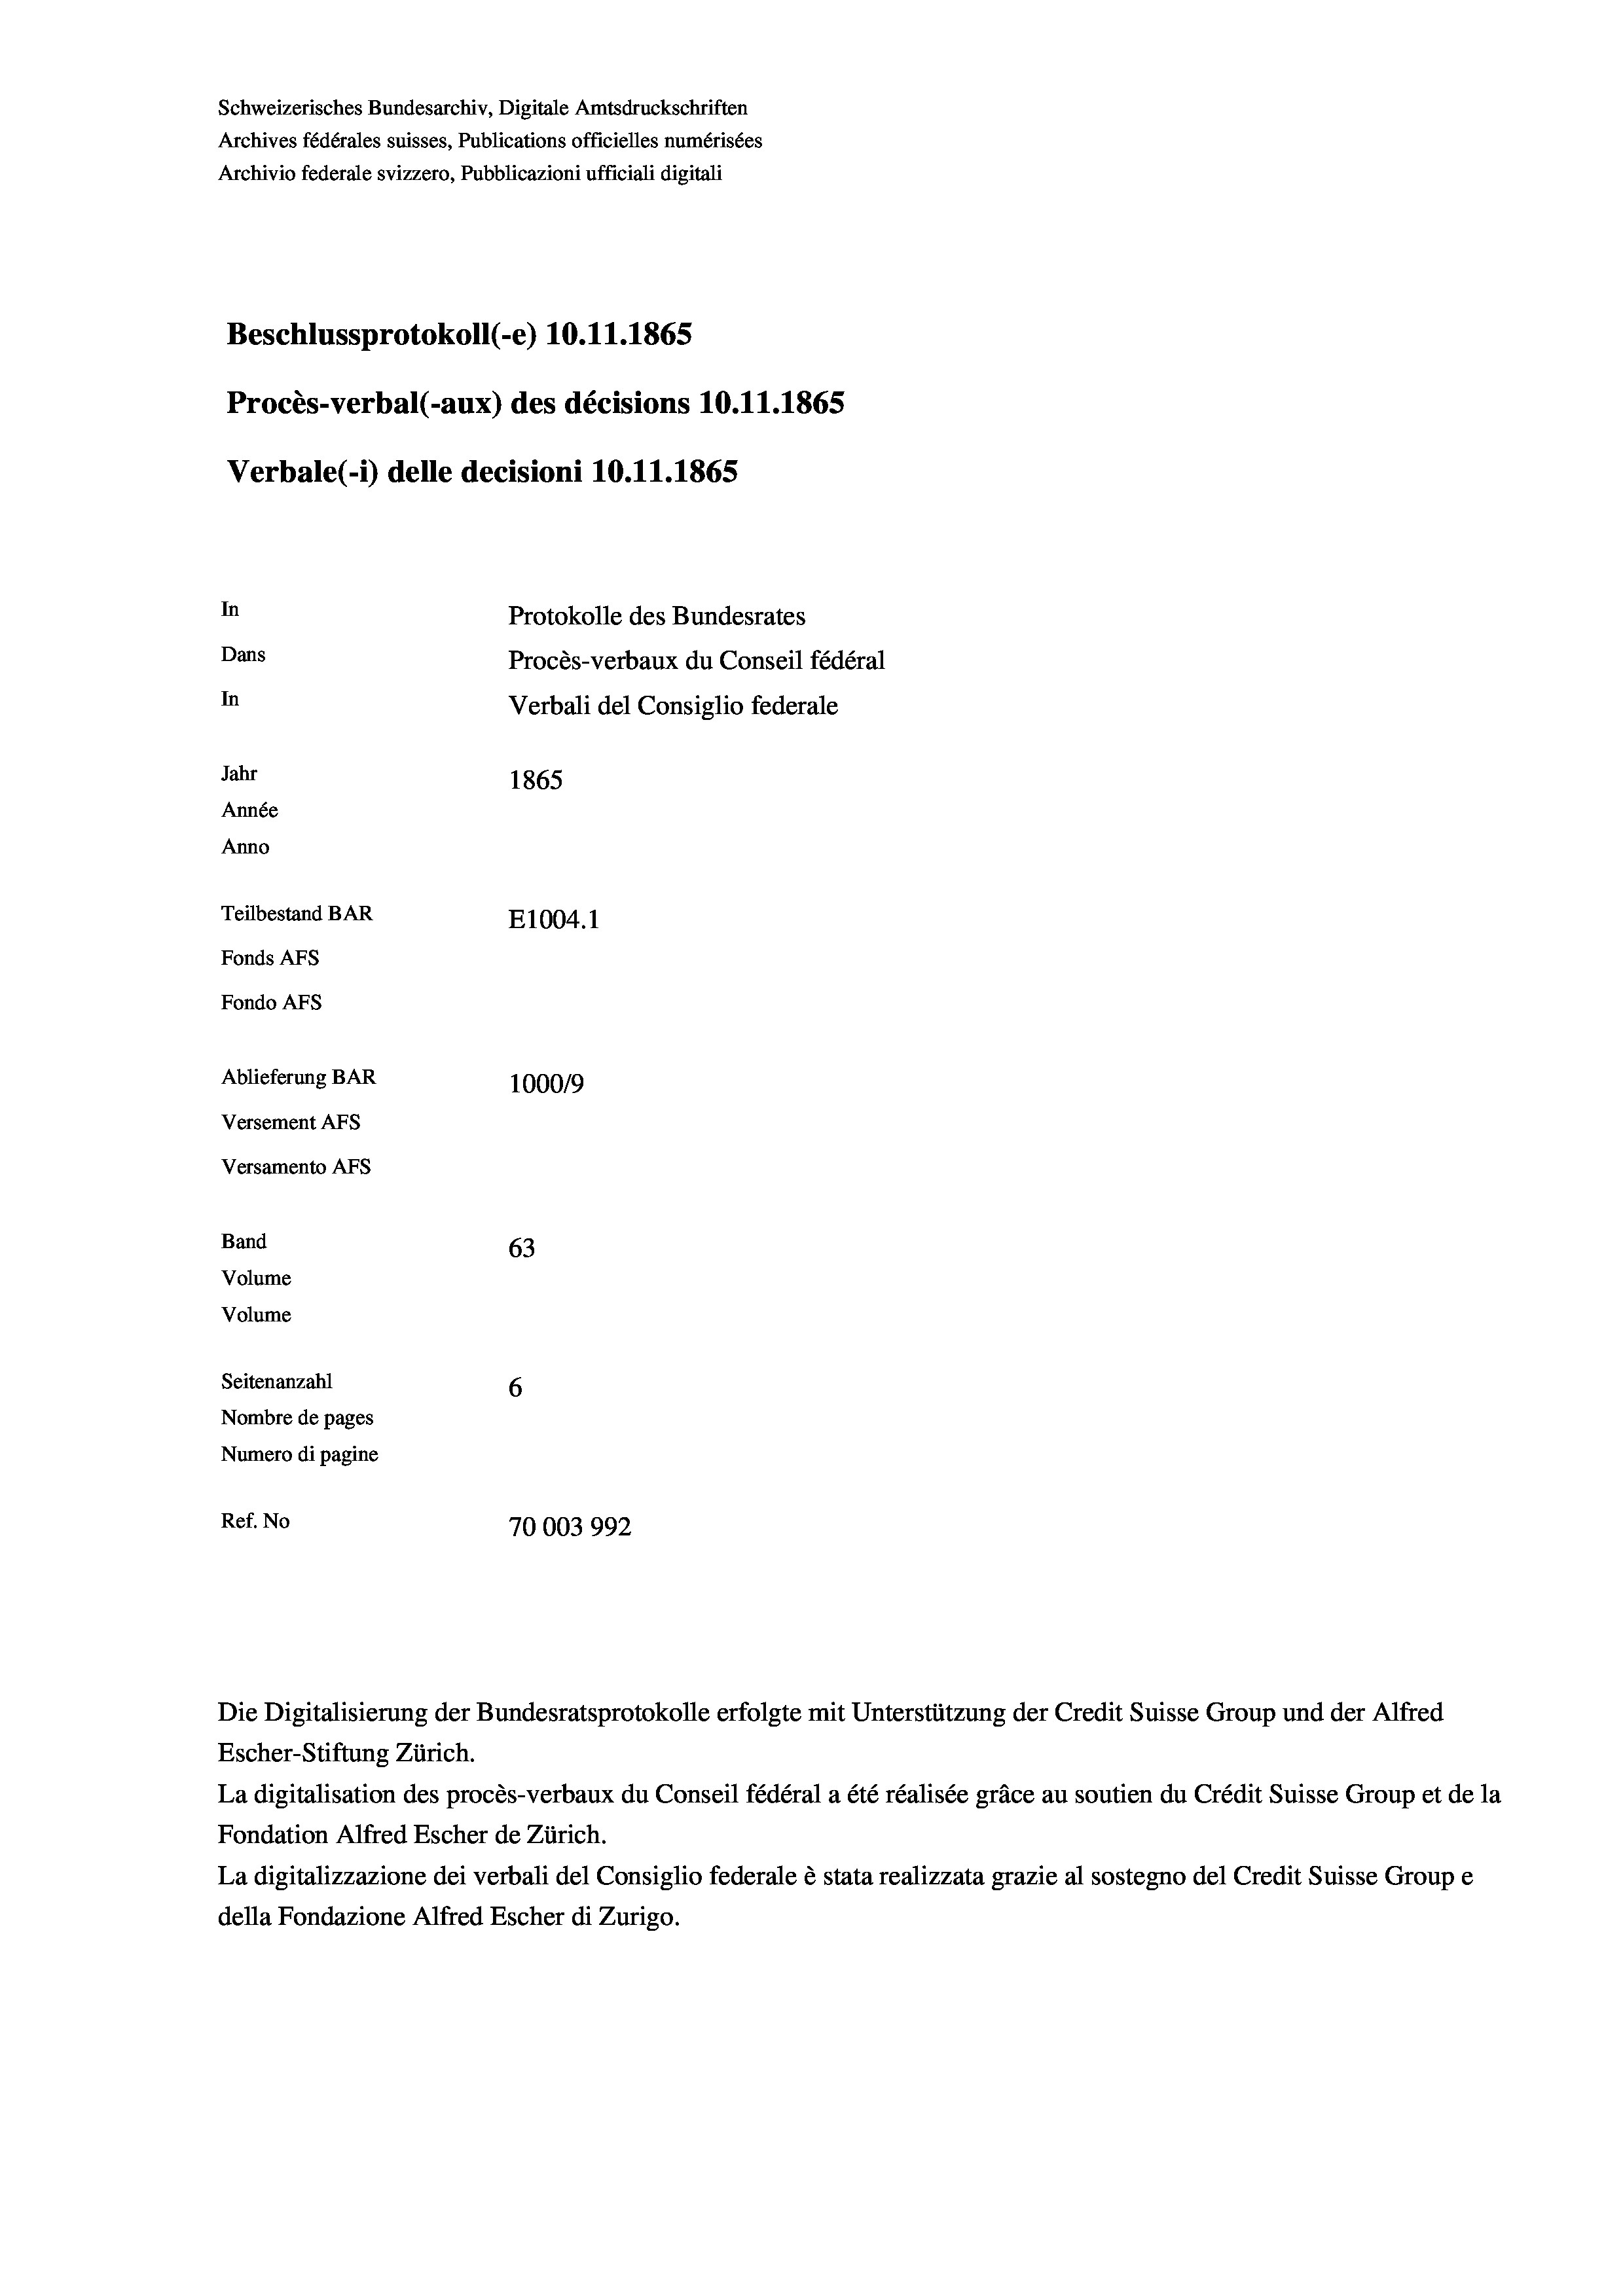
Schweizerisches Bundesarchiv, Digitale Amtsdruckschriften
Archives fédérales suisses, Publications officielles numérisées
Archivio federale svizzero, Pubblicazioni ufficiali digitali
Beschlussprotokoll (-e) 10.11.1865
Procès-verbal (-aux) des décisions 10.11.1865
Verbale (i) delle decisioni 10.11.1865
In
Protokolle des Bundesrates
Dans
Procès-verbaux du Conseil fédéral
In
Verbali del Consiglio federale
Jahr
1865
Année
Anno
Teilbestand BAR
E1004. 1
Fonds AEs
Fondo AFs
Ablieferung BAR
100019
Versement AFS
Versamento AFs
Band
63
Volume
Volume
Seitenanzahl
6
Nombre de pages
Numero di pagine
Ref. No
70003992

Escher-Stiftung Zürich.
La digitalisation des procès-verbaux du Conseil fédéral a été réalisée gräce au soutien du Crédit Suisse Group et de la
Fondation Alfred Escher de Zürich.
La digitalizzazione dei verbali del Consiglio federale è stata realizzata grazie al sostegno del Credit Suisse Groupe
della Fondazione Alfred Escher di Zurigo.

Die Digitalisierung der Bundesratsprotokolle erfolgte mit Unterstützung der Credit Suisse Group und der Alfred